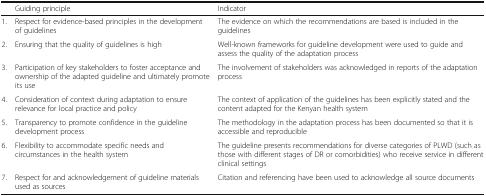
|  | Guiding principle | Indicator |
 | --- | --- | --- |
 | 1. | Respect for evidence-based principles in the development of guidelines | The evidence on which the recommendations are based is included in the guidelines |
 | 2. | Ensuring that the quality of guidelines is high | Well-known frameworks for guideline development were used to guide and assess the quality of the adaptation process |
 | 3. | Participation of key stakeholders to foster acceptance and ownership of the adapted guideline and ultimately promote its use | The involvement of stakeholders was acknowledged in reports of the adaptation process |
 | 4. | Consideration of context during adaptation to ensure relevance for local practice and policy | The context of application of the guidelines has been explicitly stated and the content adapted for the Kenyan health system |
 | 5. | Transparency to promote confidence in the guideline development process | The methodology in the adaptation process has been documented so that it is accessible and reproducible |
 | 6. | Flexibility to accommodate specific needs and circumstances in the health system | The guideline presents recommendations for diverse categories of PLWD (such as those with different stages of DR or comorbidities) who receive service in different clinical settings |
 | 7. | Respect for and acknowledgement of guideline materials used as sources | Citation and referencing have been used to acknowledge all source documents |